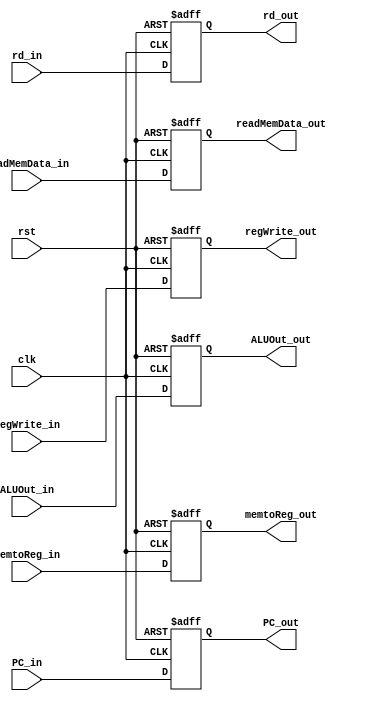
module Pipeline_Reg_MEM_WB (
	input clk,
	input rst,

	input [31:0] PC_in,
	input regWrite_in,
	input [1:0] memtoReg_in,
	input [31:0] readMemData_in,
	input [31:0] ALUOut_in,
	input [4:0] rd_in,

	output reg [31:0] PC_out,
	output reg regWrite_out,
	output reg [1:0] memtoReg_out,
	output reg [31:0] readMemData_out,
	output reg [31:0] ALUOut_out,
	output reg [4:0] rd_out
);

	always @(posedge clk, negedge rst) begin
		if (~rst) begin
			PC_out <= 0;
			regWrite_out <= 0;
			memtoReg_out <= 0;
			readMemData_out <= 0;
			ALUOut_out <= 0;
			rd_out <= 0;
		end
		else begin
			PC_out <= PC_in;
			regWrite_out <= regWrite_in;
			memtoReg_out <= memtoReg_in;
			readMemData_out <= readMemData_in;
			ALUOut_out <= ALUOut_in;
			rd_out <= rd_in;
		end
	end

endmodule